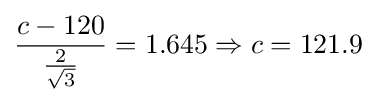
{\frac {c-120}{\frac {2}{\sqrt {3}}}}=1.645\Rightarrow c=121.9